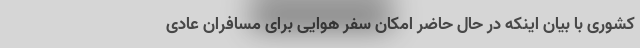
کشوری با بیان اینکه در حال حاضر امکان سفر هوایی برای مسافران عادی